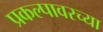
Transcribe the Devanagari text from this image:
प्रकल्पावरच्या